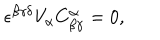
LaTeX: \epsilon ^ { \beta \gamma \delta } V _ { \alpha } C _ { \beta \gamma } ^ { \alpha } = 0 ,